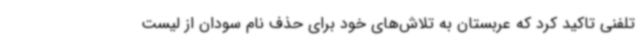
تلفنی تاکید کرد که عربستان به تلاش‌های خود برای حذف نام سودان از لیست